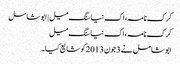
کرک نامہ، اک نیا سنگ میل | ابوشامل
کرک نامہ، اک نیا سنگ میل
ابوشامل نے 3 جون 2013 کو شایع کیا۔